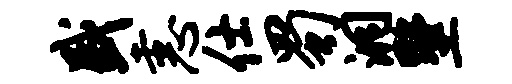
盛恚仕蜀洞墅